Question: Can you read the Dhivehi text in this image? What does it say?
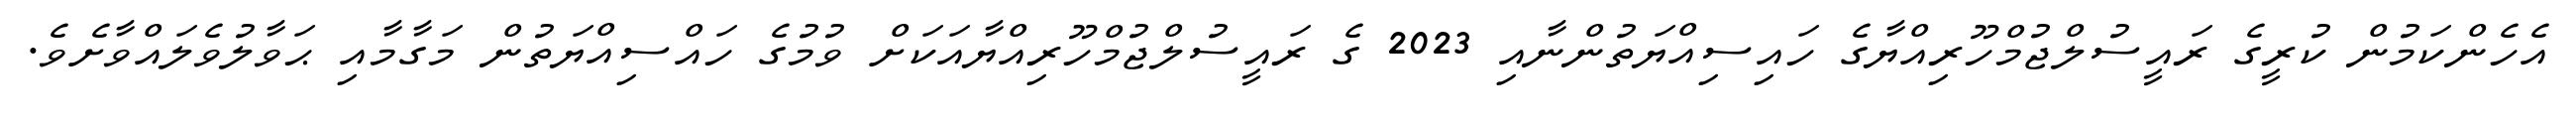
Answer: އެހެންކަމުން ކުރީގެ ރައީސުލްޖުމްހޫރިއްޔާގެ ހައިސިއްޔަތުންނާއި 2023 ގެ ރައީސުލްޖުމްހޫރިއްޔާއަކަށް ވުމުގެ ހައްސިއްޔަތުން މަގާމާއި ޙަވާލުވެލައްވާށެވެ.